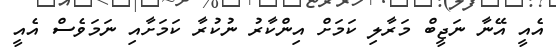
އެއީ އޭނާ ނަޖީބް މަރާލި ކަމަށް އިންކާރު ނުކުރާ ކަމަށާއި ނަމަވެސް އެއީ